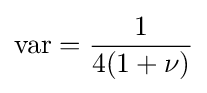
\operatorname {var} ={\frac {1}{4(1+\nu )}}